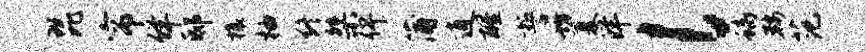
琵帘佯邸榱柚终桀俾蒲逍醒誓坊厦洋l螭鞍范